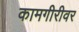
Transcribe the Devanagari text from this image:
कामगीरीवर